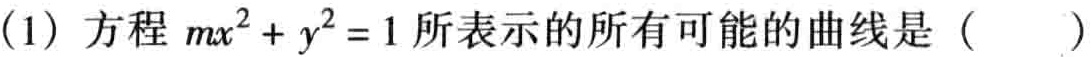
(1) 方程 \(mx^{2}+y^{2}=1\) 所表示的所有可能的曲线是（  ）